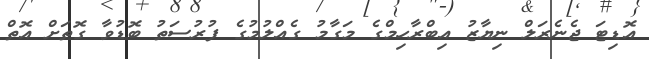
އޮޑިޓަ ޖެނެރަލް ނިޔާޒު އިބްރާހިމްގެ މަގާމު ގެއްލުމުގެ ފުރުސަތު ބޮޑުވާ ގޮތަށް އޮތް